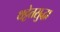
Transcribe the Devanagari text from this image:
थट्टेतसुद्धा